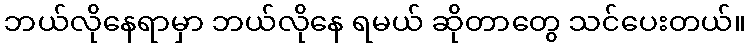
ဘယ်လိုနေရာမှာ ဘယ်လိုနေ ရမယ် ဆိုတာတွေ သင်ပေးတယ်။